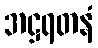
အဋ္ဌရတနံ